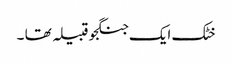
خٹک ایک جنگجو قبیلہ تھا ۔